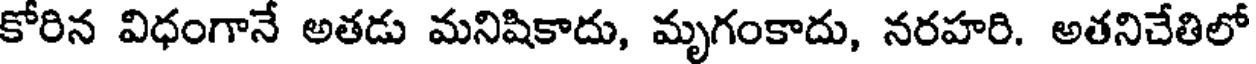
కోరిన విధంగానే అతడు మనిషికాదు, మృగంకాదు, నరహరి. అతనిచేతిలో